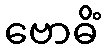
ဗောဓိံ